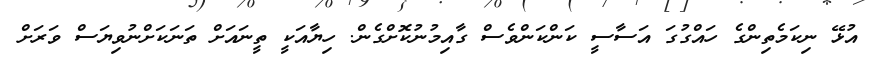
އުޅޭ ނިކަމެތިންގެ ހައްގުގަ އަސާސީ ކަންކަންވެސް ގާއިމުނުކޮށްގެން. ހިޔާއަކީ ތީނައަށް ތަނަކަށްނުވިޔަސް ވަރަށް